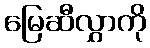
မြေဆီလွှာကို